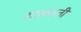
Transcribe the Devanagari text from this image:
उदकवती